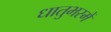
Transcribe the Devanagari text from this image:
धातुभस्में